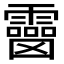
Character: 𩆒